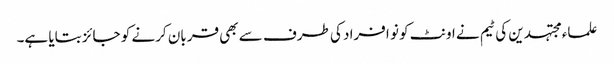
علماء مجتہدین کی ٹیم نے اونٹ کو نو افراد کی طرف سے بھی قربان کرنے کو جائز بتایا ہے۔